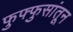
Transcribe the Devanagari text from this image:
फुफ्फुसांतून